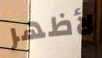
لأظهر